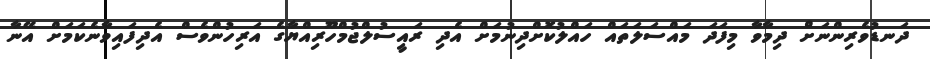
ދަނޑުވެރިންނަށް ދިމާވާ މިފަދަ މައްސަލަތައް ހައްލުކޮށްދިނުމަށް އެދި ރައީސުލްޖުމްހޫރިއްޔާގެ އަރިހުންވެސް އެދިފައިވާނެކަމަށް އޭނާ